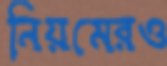
নিয়মেরও